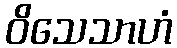
ဝိသေသာဟံ